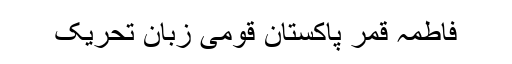
فاطمہ قمر پاکستان قومی زبان تحریک